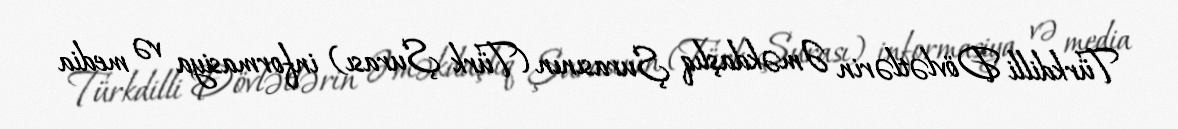
Türkdilli Dövlətlərin Əməkdaşlıq Şurasının (Türk Şurası) informasiya və media